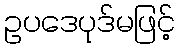
ဥပဒေပုဒ်မဖြင့်